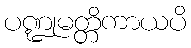
ပဏ္ဍုမတ္တိကာယပိ